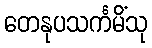
တေနုပသင်္ကမိံသု